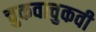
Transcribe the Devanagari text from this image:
चुकवाचुकवी